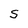
Character: S